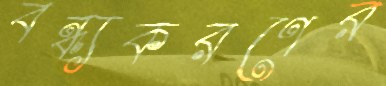
বন্ধ্যকরণের